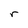
Character: r